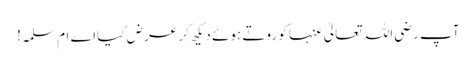
آپ رضی اللہ تعالیٰ عنہا کو روتے ہوئے دیکھ کر عرض کیا اے ام سلمہ!